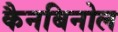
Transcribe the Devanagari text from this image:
कैनबिनोल